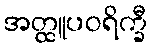
အတ္ထူပဝရိက္ခီ